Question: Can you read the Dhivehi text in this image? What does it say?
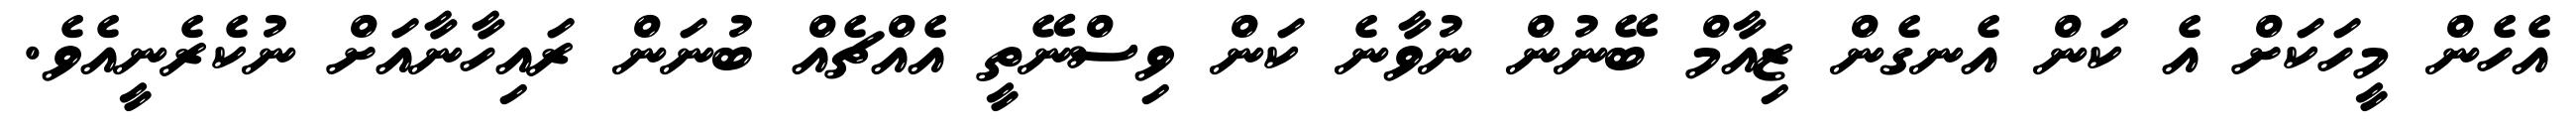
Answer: އެހެން މީހަކަށް އެ ކަން އެނގެން ޒިއާމް ބޭނުން ނުވާނެ ކަން ވިސްނޭތީ އެއްޗެއް ބުނަން ރައިހާނާއަށް ނުކެރެނީއެވެ.